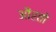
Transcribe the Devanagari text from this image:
औंरतों